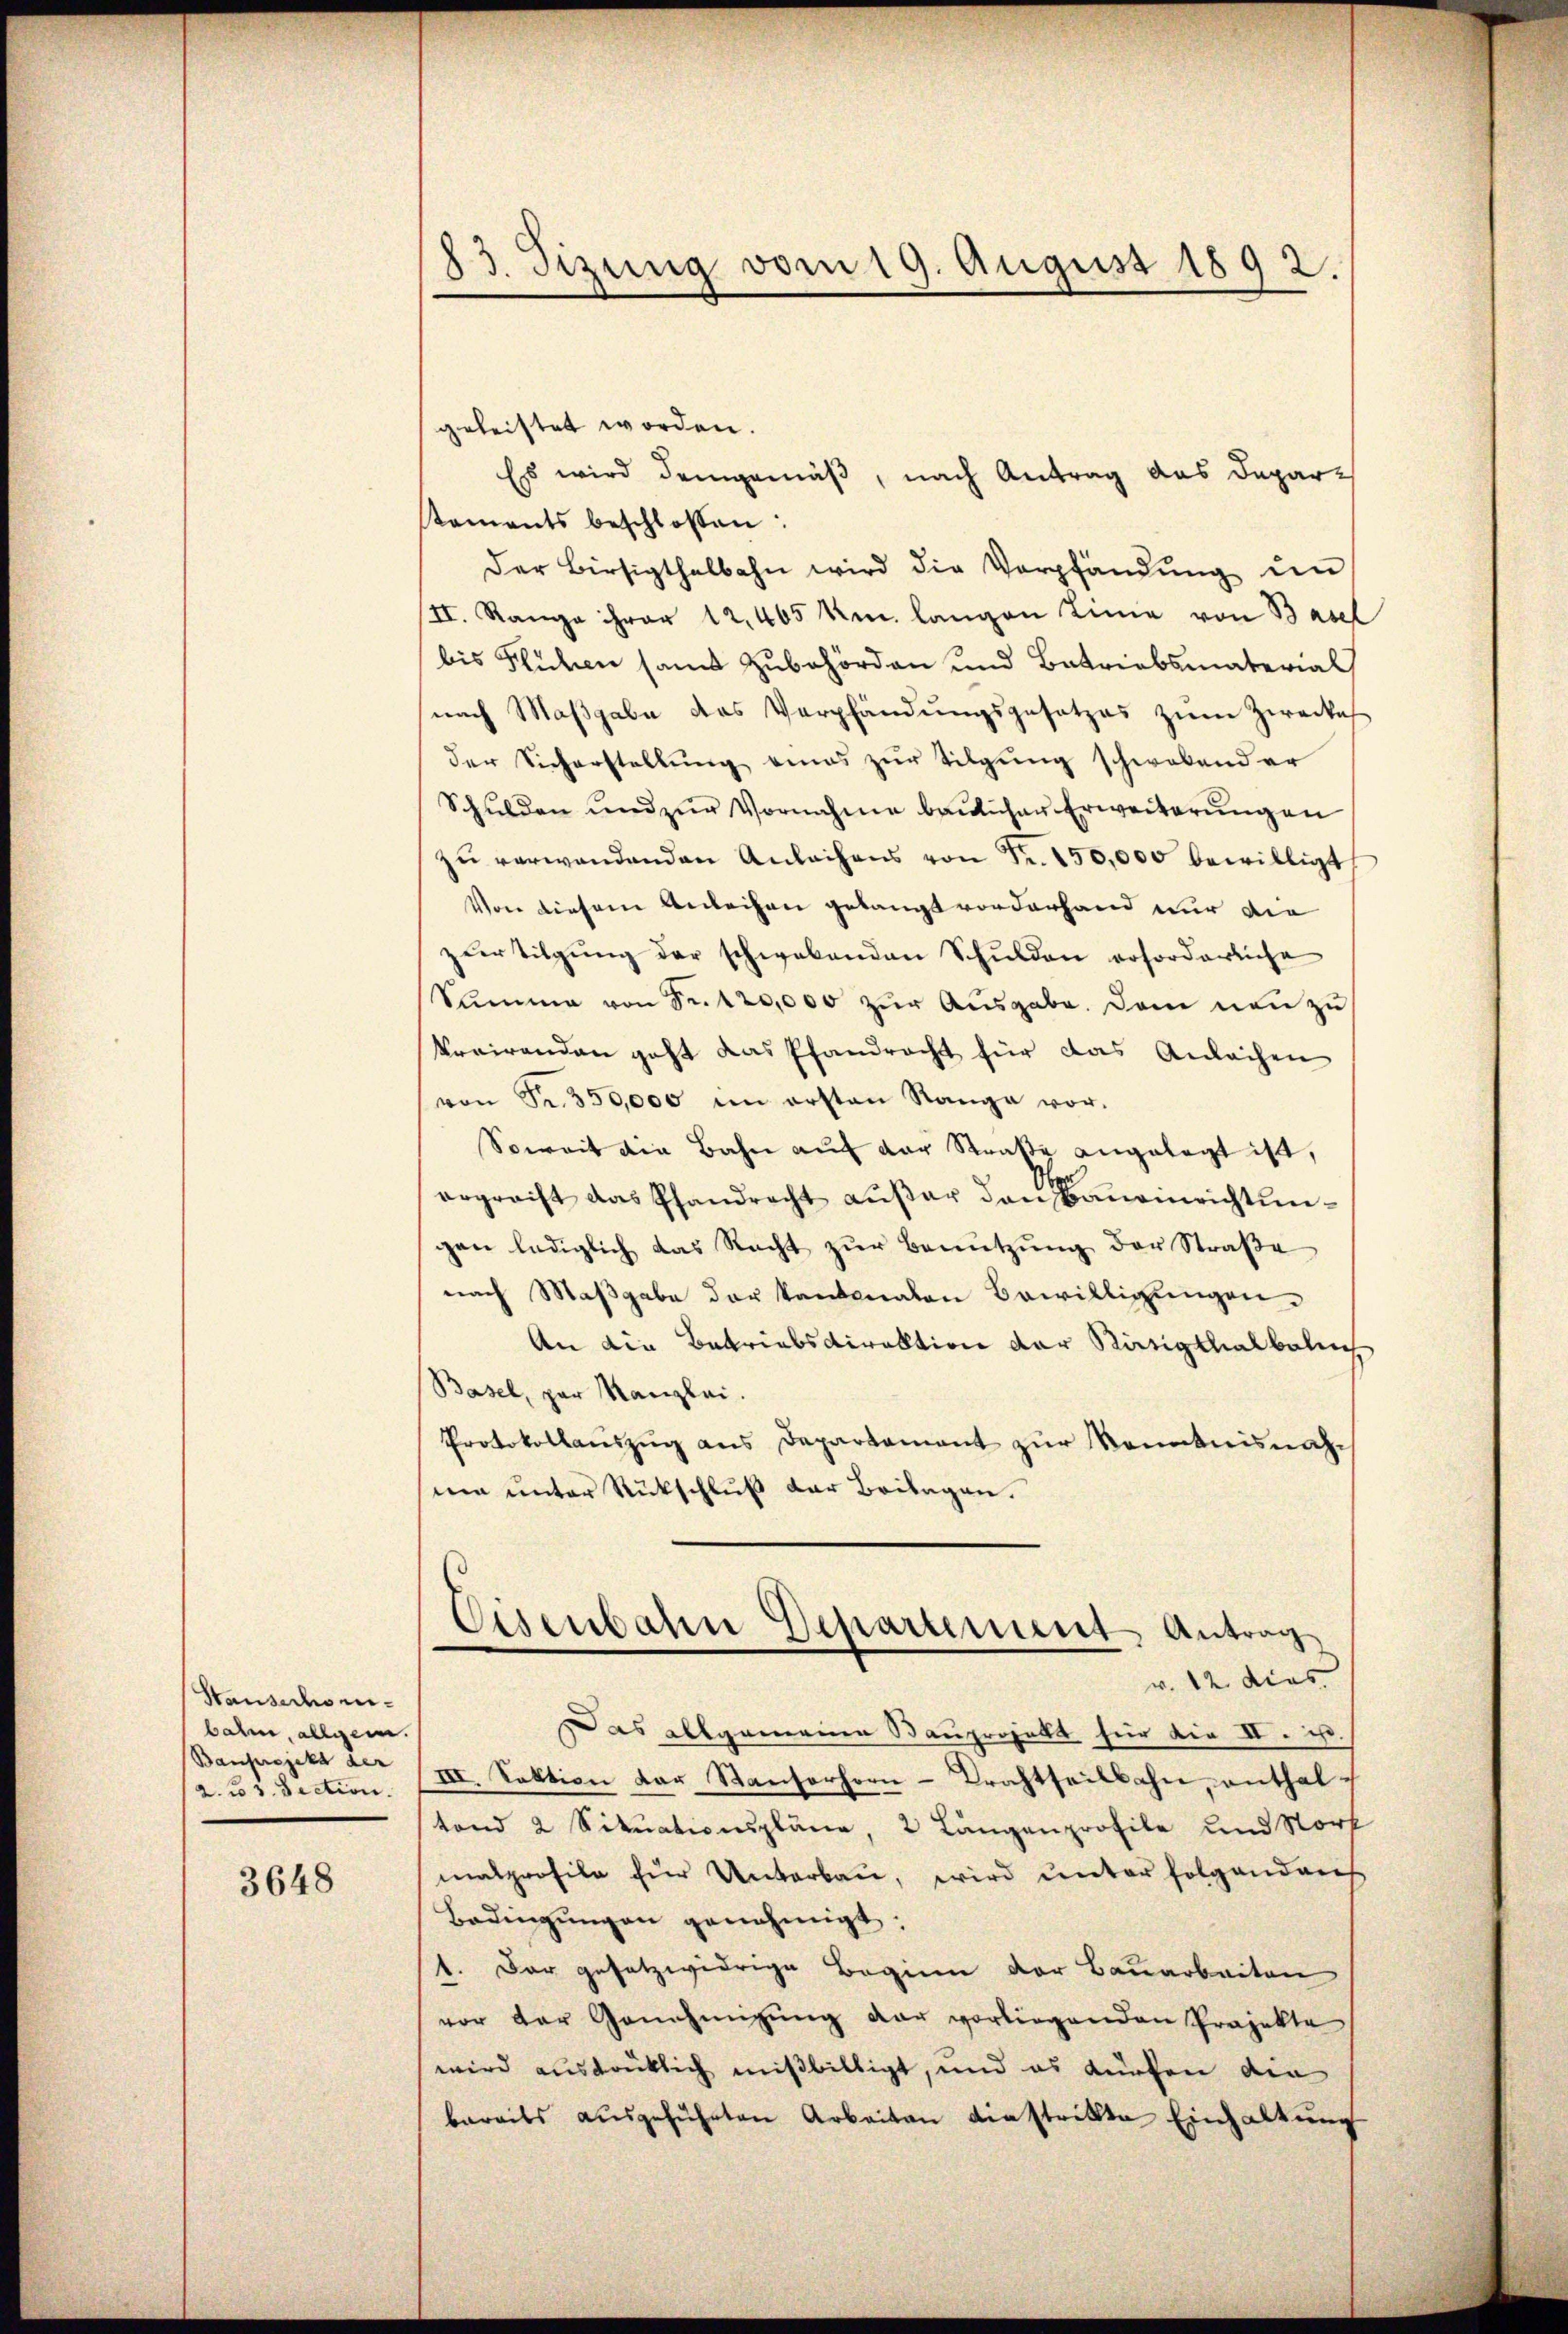
Stausechsen.
bahm, allgem.
Banprojekt der
2. No 3. Section.

3648

83. Sizung vom 19. August 1892.

geleistet worden.
Es wird demgemäß, nach Antrag das Deparstaments beschlossen:
Der Bürsigthalbahn wird die Verpfändung un
II. Range ihrer 12, 465 km langen Linie von Basel
bis Flüchen samt Zubehörden und Betriebsmaterial
nach Maβgabe das Verpfändŭngsgesetzes zŭm Zwecke
der Sieherstellŭng eines zŭr Tilgung schwebender
Schŭlden und zŭr Vornahme baŭlicher Erweiterŭngen
zŭ verwandenden Anlachens von Fr. 150,000 bewilligt
Von diesem Anleihen gelangt vorderhand nur die
zŭr Tilgung der schwabenden Schulden erforderliche
Summe von Sr. 120,000 zur Ausgabe. Dem neu zu
krairenden geht das Pfandrecht für das Anlächen
von Fr. 350,000 im ersten Range vor.
Soweit die Bahn auf der Straße angelegt ist,
ergreift das Pfandrecht aŭβer den Baŭeinrichtungen lediglich das Nacht zŭr Benŭtzŭng der Straße
nach Maßgabe der kantonalen Bewilligungen.
An die Betriebsdirektion der Rätigthal beleich
Basel, par Kanzlei.
Protokollaŭszŭg ans Departament zur Kenntnisnahe
ner unter Rückschluß der Beilagen.
Eisenbahn Departement Antrag
v. 12. das
Das allgemeine Bauprojekt für die II. ist.
III. Sektion der Kantorhorn-Trachtheilbahn, enthaltand 2 Situationspläne, 2 Langenprofile und Stork
malprofile für Unterbau, wird ŭnter folgenden
Bedingungen genehmigt.
1. Der gesetzwidrige Beginn der Bauarbeiten
vor der Genehmigŭng der vorliegenden Projekte
wird ausdrücklich mißbilligt, und es dürfen die
bereits aŭsgeführten Arbeiten diestrikte Einhaltŭng